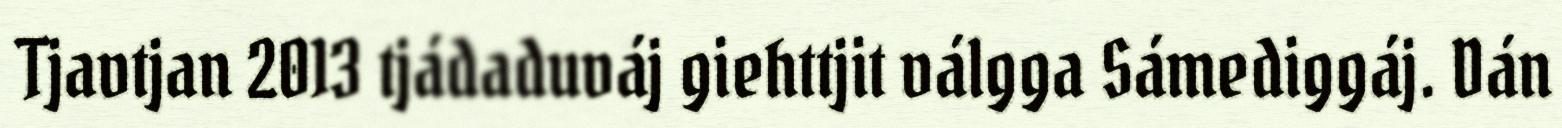
Tjavtjan 2013 tjádaduváj giehttjit válgga Sámediggáj. Dán